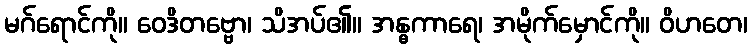
မဂ်ရောင်ကို။ ဝေဒိတဗ္ဗော၊ သိအပ်၏။ အန္ဓကာရေ၊ အမိုက်မှောင်ကို။ ဝိဟတေ၊